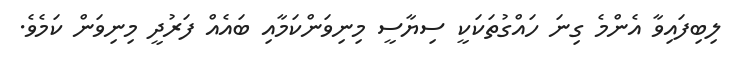
ލިބިފައިވާ އެންމެ ގިނަ ހައްގުތަކަކީ ސިޔާސީ މިނިވަންކަމާއި ބައެއް ފަރުދީ މިނިވަން ކަމެވެ.